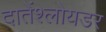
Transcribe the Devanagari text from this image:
दातेंश्लोयडर